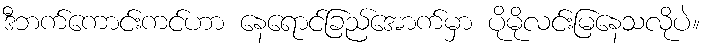
ဒီဘက်ကောင်းကင်ဟာ နေရောင်ခြည်အောက်မှာ ပိုမိုလင်းမြနေသလိုပဲ။